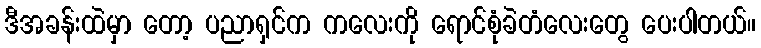
ဒီအခန်းထဲမှာ တော့ ပညာရှင်က ကလေးကို ရောင်စုံခဲတံလေးတွေ ပေးပါတယ်။